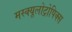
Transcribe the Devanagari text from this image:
मस्क्यूलोट्रोपिक्स